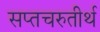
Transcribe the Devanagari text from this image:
सप्तचरुतीर्थ